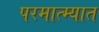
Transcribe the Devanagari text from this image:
परमात्म्यात